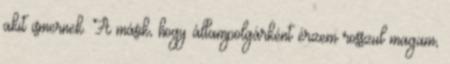
akit ismernek. A másik, hogy állampolgárként érzem rosszul magam,